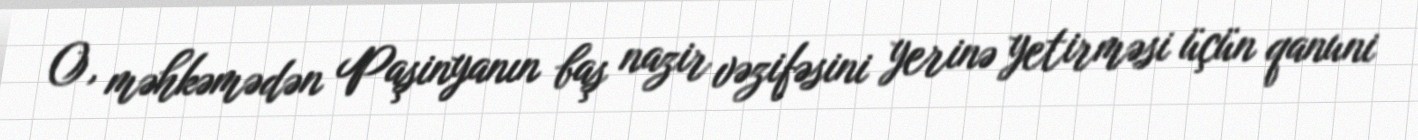
O, məhkəmədən Paşinyanın baş nazir vəzifəsini yerinə yetirməsi üçün qanuni